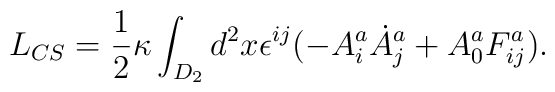
L_{CS}= \frac{1}{2} \kappa \int_{D_2} d^2 x \epsilon^{ij} ( - A_i^a\dot{A}^{a}_{j} + A_0^a F_{ij}^a).